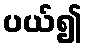
ပယ်၍